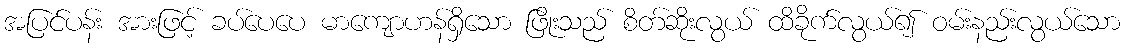
အပြင်ပန်း အားဖြင့် ခပ်ပေပေ မာကျောဟန်ရှိသော ဖြိုးသည် စိတ်ဆိုးလွယ် ထိခိုက်လွယ်၍ ဝမ်းနည်းလွယ်သော